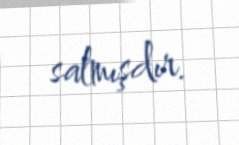
salmışdır.